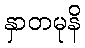
နှာတမုနိ